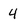
Character: 4